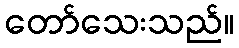
တော်သေးသည်။